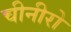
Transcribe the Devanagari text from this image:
चीनीरो